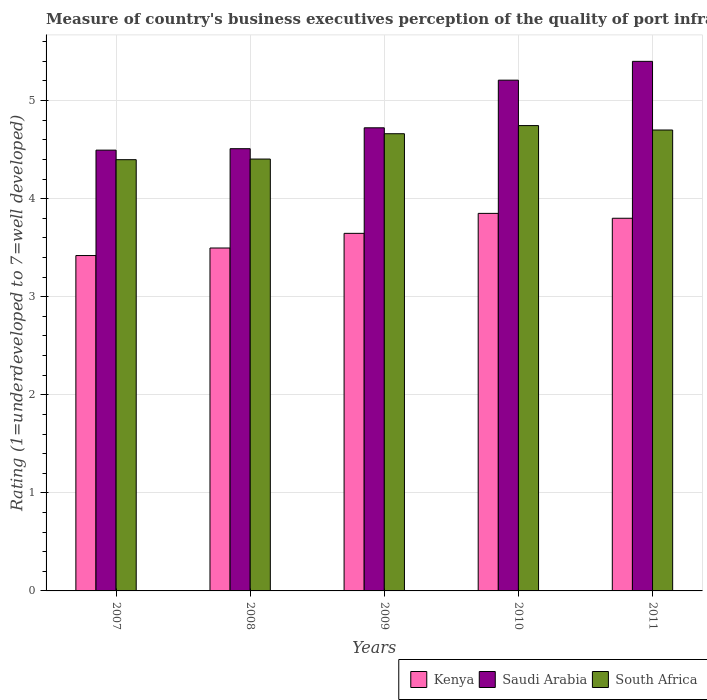
| Years | Kenya | Saudi Arabia | South Africa |
 | --- | --- | --- | --- |
 | 2007 | 3.42 | 4.49 | 4.4 |
 | 2008 | 3.5 | 4.51 | 4.4 |
 | 2009 | 3.65 | 4.72 | 4.66 |
 | 2010 | 3.85 | 5.21 | 4.75 |
 | 2011 | 3.8 | 5.4 | 4.7 |